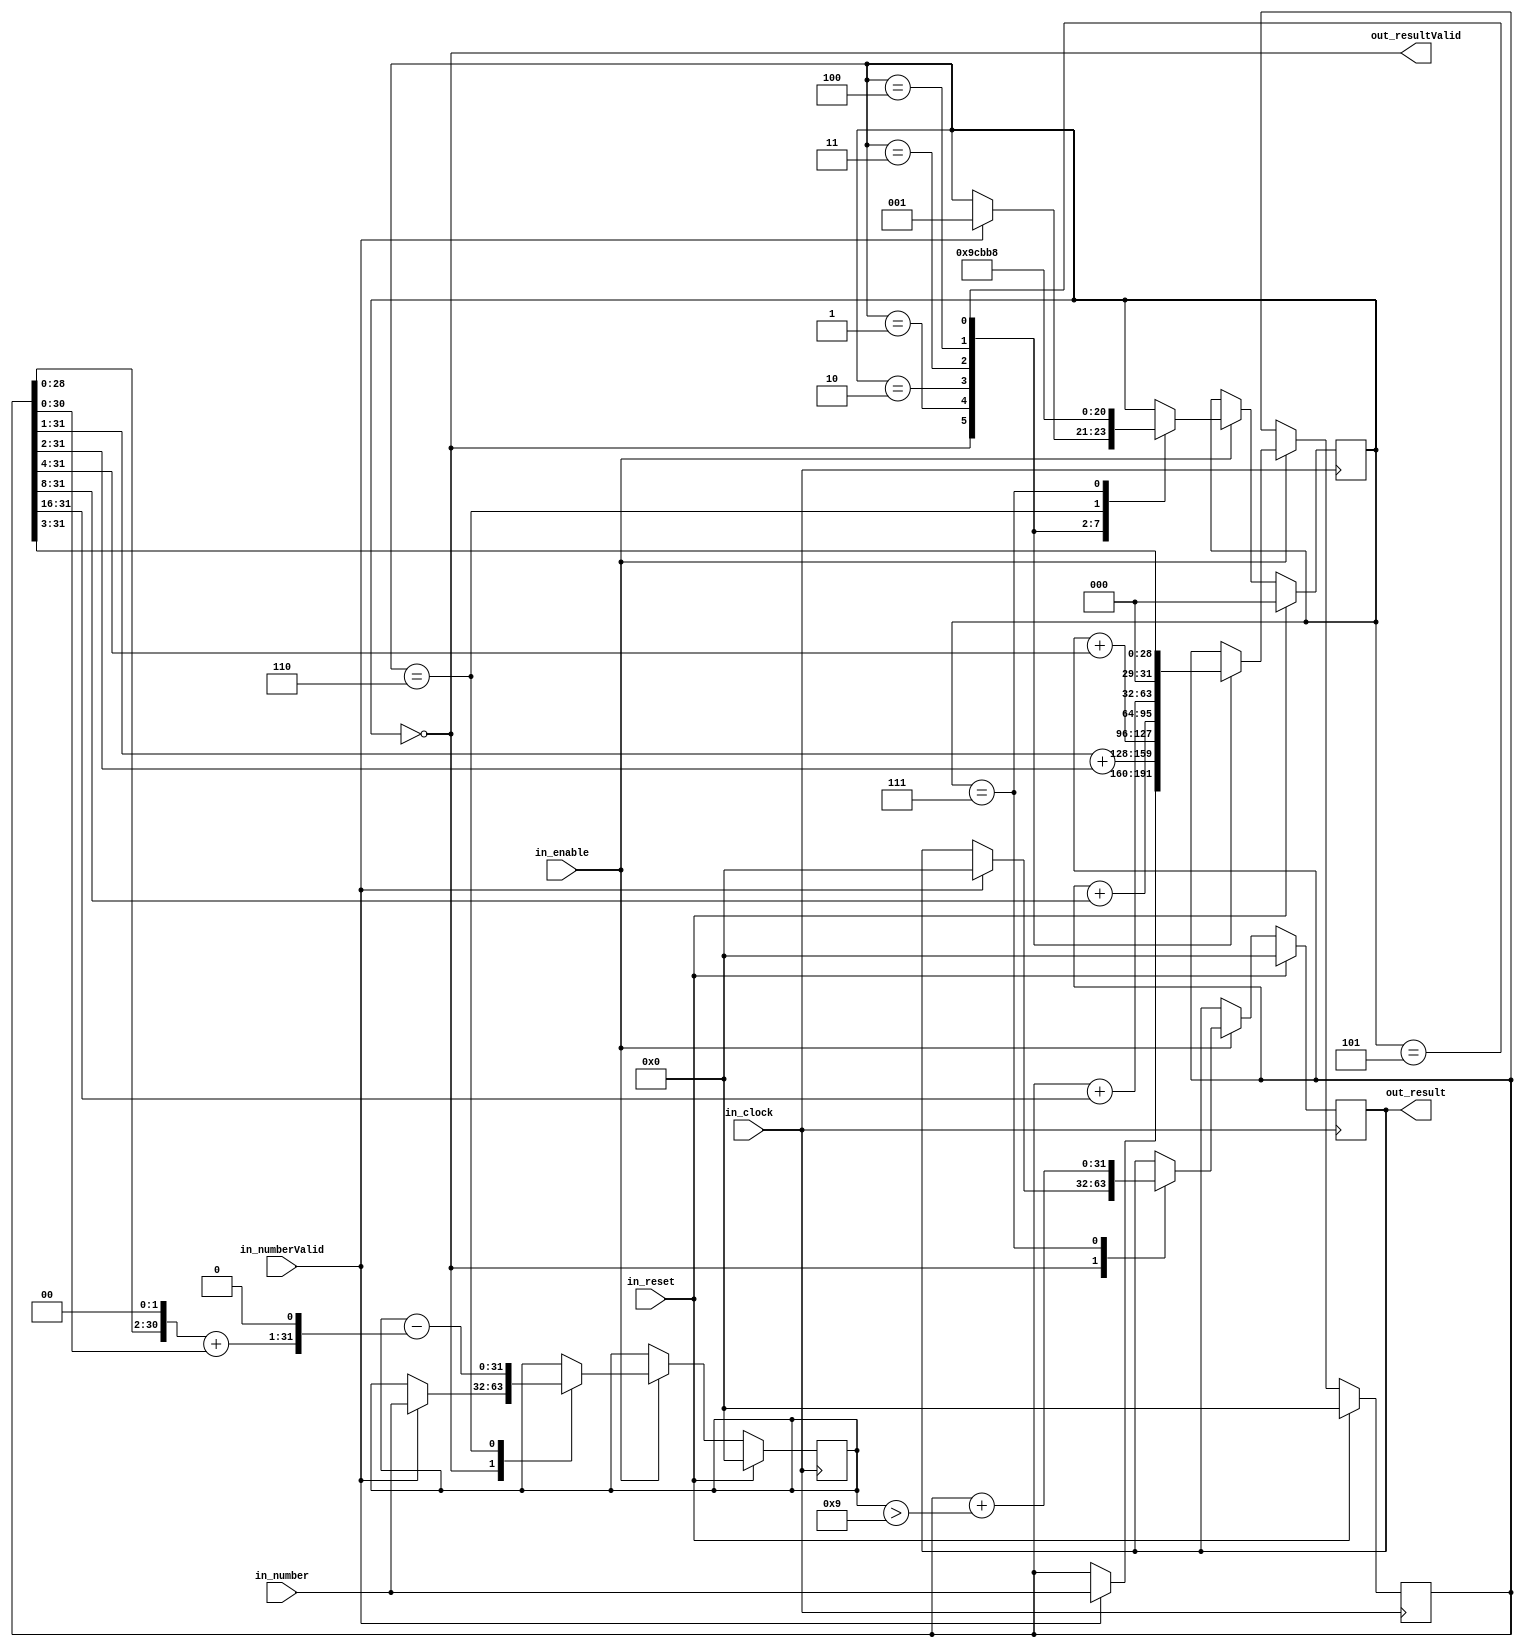
`timescale 1ns / 1ps
//////////////////////////////////////////////////////////////////////////////////
// Company: ENGN3213 Assignment 1 Group
//           Fangxiao Dong
// 
// Design Name: 
// Module Name: divisionByTen
// Project Name: 
// Target Devices: 
// Tool Versions: 
// Description: As the division is quite hard for the FPGA to do within 10ns, we
// would do our own division.
// With this would only need 8 clock cycles to get a closed value. We cannot used
// the origin 450MHz clock so the only thing is to use the 100MHz crystal clock.
// This is a fast division by 10 algorithm I implemented before, but I cannot 
// remember where I looked this before. If anyone who knows, let me add as a 
// reference.
// 
// Dependencies: N/A
// 
// Revision:
// Revision 0.01 - File Created
// Additional Comments:
// 
//////////////////////////////////////////////////////////////////////////////////


module divisionByTen(
    input wire [31:0] in_number,
    input wire        in_numberValid,
    input wire        in_reset,
    input wire        in_clock,
    input wire        in_enable,
    output wire       out_resultValid,
    output reg [31:0] out_result = 32'd0);
    
    // Define the state of the divider.
    localparam STATE_IDLE   = 3'd0;
    localparam STATE_INIT   = 3'd1;
    localparam STATE_SR_4   = 3'd2;
    localparam STATE_SR_8   = 3'd3;
    localparam STATE_SR_16  = 3'd4;
    localparam STATE_SR_3   = 3'd5;
    localparam STATE_GET_R  = 3'd6;
    localparam STATE_FINISH = 3'd7;
    // Initial the state to IDLE state.
    reg [2:0] state = STATE_IDLE;
    // Prepare two helper.
    reg [31:0] helper1, helper2;
    
    always @(posedge in_clock) begin
        // Check the reset state.
        if (in_reset) begin
            // Reset the state.
            state <= STATE_IDLE;
            // Reset the helper.
            helper1 <= 32'd0;
            helper2 <= 32'd0;
            // Reset the output
            out_result <= 32'd0;
        end else begin
            if (in_enable) begin
                case (state)
                    STATE_IDLE: begin
                        if (in_numberValid) begin
                            // Move to first step.
                            state <= STATE_INIT;
                            // Save the in number.
                            helper1 <= in_number;
                            helper2 <= in_number;
                            out_result <= 32'd0;
                        end
                    end
                    STATE_INIT: begin
                        // get 3/4 of the number.
                        helper1 <= (helper1 >> 1) + (helper1 >> 2);
                        state <= STATE_SR_4; 
                    end
                    STATE_SR_4: begin
                        // get 51/64 of the number.
                        helper1 <= helper1 + (helper1 >> 4);
                        state <= STATE_SR_8;
                    end
                    STATE_SR_8: begin
                        // get 13107/16384 of the number
                        helper1 <= helper1 + (helper1 >> 8);
                        state <= STATE_SR_16;
                    end
                    STATE_SR_16: begin
                        // get 858993459/1073741824 of the number.
                        helper1 <= helper1 + (helper1 >> 16);
                        state <= STATE_SR_3;
                    end
                    STATE_SR_3: begin
                        // get 858993459/8589934592 of the number.
                        helper1 <= helper1 >> 3;
                        state <= STATE_GET_R;  
                    end
                    STATE_GET_R: begin
                        // get 1/4294967296 of the number.
                        helper2 <= helper2 - (((helper1 << 2) + helper1) << 1);
                        state <= STATE_FINISH;
                    end
                    STATE_FINISH: begin
                        // Finally get the 858993459/8589934592+ of the number.
                        // Which is 0.09999+ of the number.
                        out_result <= helper1 + (helper2 > 9);
                        // Reset the state back to IDLE.
                        state <= STATE_IDLE;
                    end
                    default:
                        // Reset the state.
                        state <= STATE_IDLE;
                endcase
            end
        end
    end
    
    // When the state is IDLE, which means that the value has been fully calculated.
    assign out_resultValid = (state == STATE_IDLE);
    
endmodule